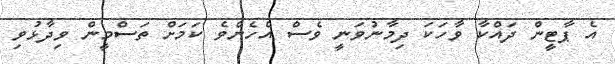
އެ ޕާޓީން ދައްކާ ވާހަކަ ދިމާނުވަނީ ވެސް އެހެންވެ ކަމަށް ތަސްމީން ވިދާޅުވި